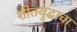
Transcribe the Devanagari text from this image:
शीतयुद्धाचा